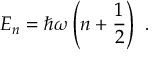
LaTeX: E _ { n } = \hbar \omega \left( n + { \frac { 1 } { 2 } } \right) ~ .